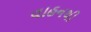
વાહનથી